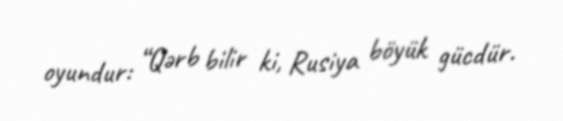
oyundur: “Qərb bilir ki, Rusiya böyük gücdür.